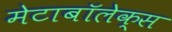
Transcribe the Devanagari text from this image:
मेटाबॉलेक्स